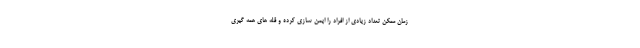
زمان ممکن تعداد زیادی از افراد را ایمن سازی کرده و قله های همه گیری